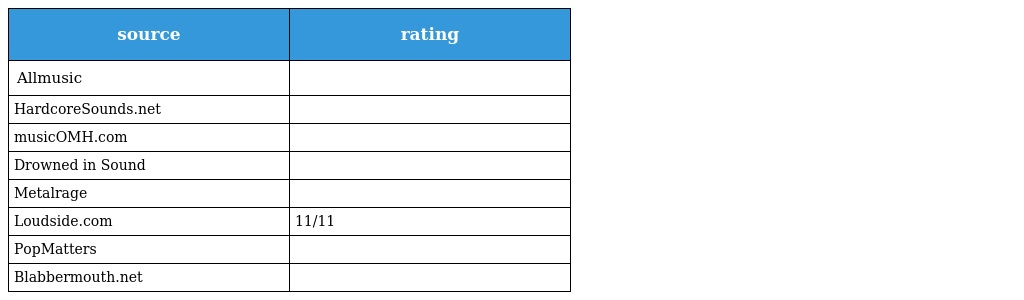
| source | rating |
 | --- | --- |
 | Allmusic |  |
 | HardcoreSounds.net |  |
 | musicOMH.com |  |
 | Drowned in Sound |  |
 | Metalrage |  |
 | Loudside.com | 11/11 |
 | PopMatters |  |
 | Blabbermouth.net |  |